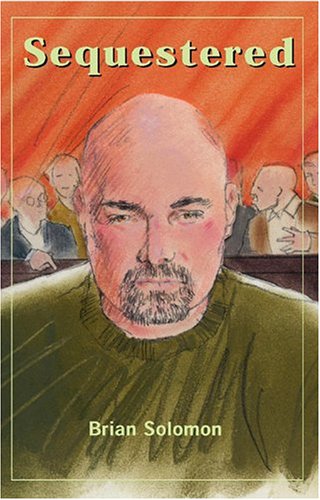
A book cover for Sequestered; Brian Solomon; Law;